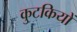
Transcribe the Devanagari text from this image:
कुटकियों